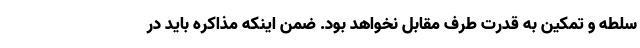
سلطه و تمکین به قدرت طرف مقابل نخواهد بود. ضمن اینکه مذاکره باید در